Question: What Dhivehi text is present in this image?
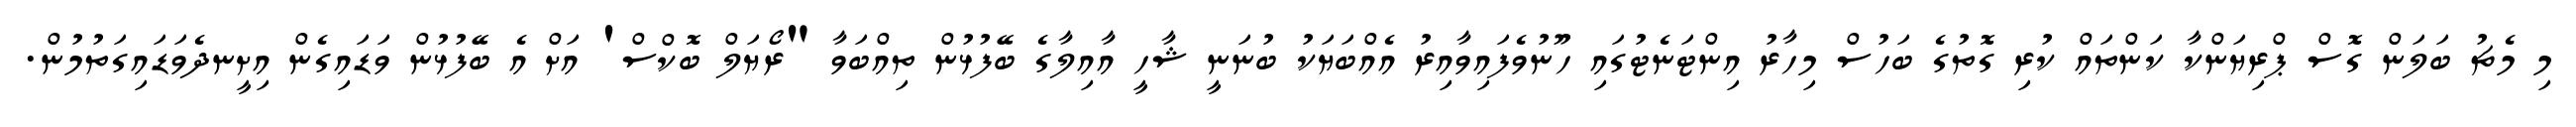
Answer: މި މެޗު ބަލަން ގޮސް ޕްރިޔަންކާ ކަންތައް ކުރި ގޮތުގެ ބަހުސް މިހާރު އިންޓަނެޓުގައި ހޫނުވެފައިވާއިރު އެއްބަޔަކު ބުނަނީ ޝާހީ އާއިލާގެ ބޭފުޅުން ތިއްބަވާ "ރޯޔަލް ބޮކްސް' އަށް އެ ބޭފުޅުން ވަޑައިގެން އިށީނދެވަޑައިގަތުމުން.